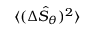
\langle ( \Delta \hat { \cal S } _ { \theta } ) ^ { 2 } \rangle